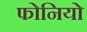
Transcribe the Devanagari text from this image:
फोनियो